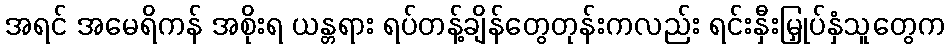
အရင် အမေရိကန် အစိုးရ ယန္တရား ရပ်တန့်ချိန်တွေတုန်းကလည်း ရင်းနှီးမြှုပ်နှံသူတွေက